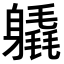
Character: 𨊉